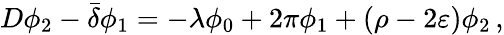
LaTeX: D\phi_{2}-{\bar{\delta}}\phi_{1}=-\lambda\phi_{0}+2\pi\phi_{1}+(\rho-2\varepsilon)\phi_{2}\, ,